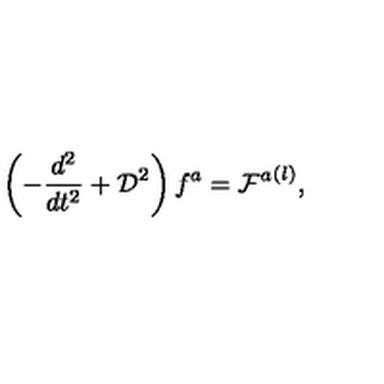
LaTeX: \left( - \frac { d ^ { 2 } } { d t ^ { 2 } } + { \cal D } ^ { 2 } \right) f ^ { a } = { { \cal F } ^ { a } } ^ { ( l ) } ,